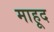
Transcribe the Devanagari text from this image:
माहूद